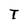
Character: T